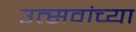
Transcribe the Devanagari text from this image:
उत्सवांच्या